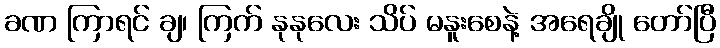
ခဏ ကြာရင် ချ၊ ကြက် နုနုလေး သိပ် မနူးစေနဲ့ အရေချို တော်ပြီ